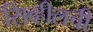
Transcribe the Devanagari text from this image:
सिव्हीलची